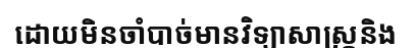
ដោយមិនចាំបាច់មានវិទ្យាសាស្ត្រនិង